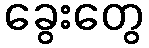
ခွေးတွေ